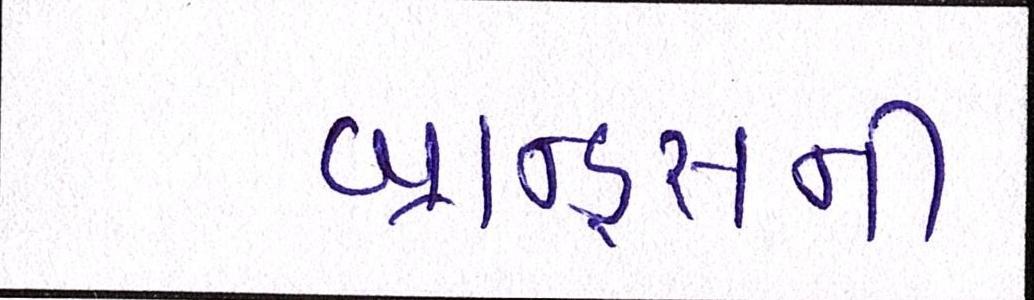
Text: બ્રાન્ડ્સની